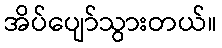
အိပ်ပျော်သွားတယ်။